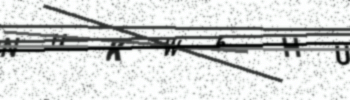
Text: NUKW6HU